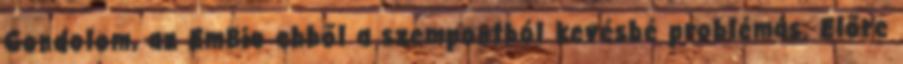
Gondolom, az EmBio ebből a szempontból kevésbé problémás. Előre